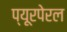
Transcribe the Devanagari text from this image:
प्यूरपेरल